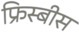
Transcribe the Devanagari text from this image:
फ्रिस्बीस